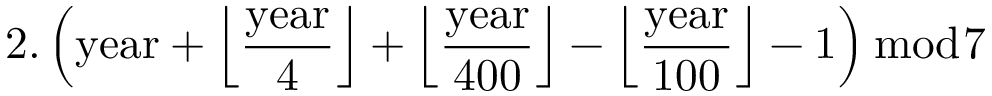
2 . \left( { \mathrm { y e a r } } + { \Big \lfloor } { \frac { \mathrm { y e a r } } { 4 } } { \Big \rfloor } + { \Big \lfloor } { \frac { \mathrm { y e a r } } { 4 0 0 } } { \Big \rfloor } - { \Big \lfloor } { \frac { \mathrm { y e a r } } { 1 0 0 } } { \Big \rfloor } - 1 \right) { \bmod { 7 } }